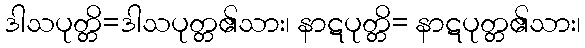
ဒါသပုတ္တိ=ဒါသပုတ္တ၏သား၊ နာဋပုတ္တိ= နာဋပုတ္တ၏သား၊